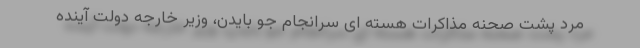
مرد پشت صحنه مذاکرات هسته ای سرانجام جو بایدن، وزیر خارجه دولت آینده